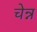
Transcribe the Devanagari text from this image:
चेन्न